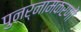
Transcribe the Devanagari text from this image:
पुनर्नामकरणों